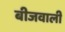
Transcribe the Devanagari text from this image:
बीजवाली